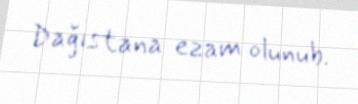
Dağıstana ezam olunub.